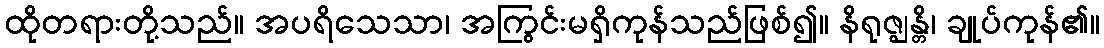
ထိုတရားတို့သည်။ အပရိသေသာ၊ အကြွင်းမရှိကုန်သည်ဖြစ်၍။ နိရုဇ္ဈန္တိ၊ ချုပ်ကုန်၏။